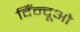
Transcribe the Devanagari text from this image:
दिँन्दूओ